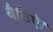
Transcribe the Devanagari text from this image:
बैठिऐ।